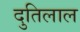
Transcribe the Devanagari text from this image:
दुतिलाल